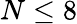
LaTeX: N\leq 8